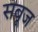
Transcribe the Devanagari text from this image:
सबूज